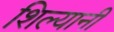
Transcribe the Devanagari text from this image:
शिल्यानी